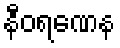
နီဝရဏေန